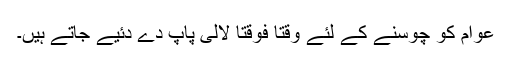
عوام کو چوسنے کے لئے وقتا فوقتا لالی پاپ دے دئیے جاتے ہیں۔